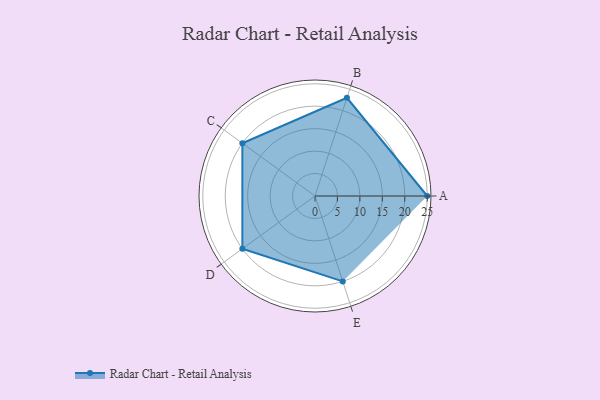
{"axis": {"x": "Skill", "y": "Score"}, "legend": ["Profile"], "data": [{"x": "A", "y": 25.0, "type": "Profile"}, {"x": "B", "y": 23.0, "type": "Profile"}, {"x": "C", "y": 20.0, "type": "Profile"}, {"x": "D", "y": 20, "type": "Profile"}, {"x": "E", "y": 20, "type": "Profile"}]}